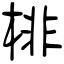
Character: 棑